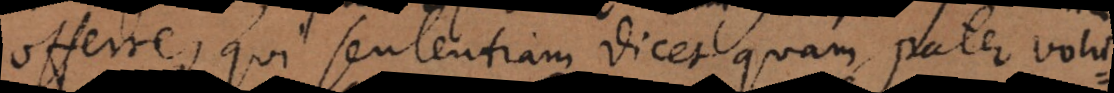
offerre, qui sententiam dicet quam pater volue